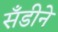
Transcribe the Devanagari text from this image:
सँडीने